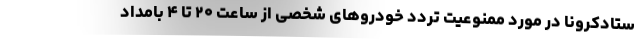
ستادکرونا در مورد ممنوعیت تردد خودروهای شخصی از ساعت ۲۰ تا ۴ بامداد